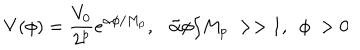
LaTeX: V ( \phi ) = { \frac { V _ { 0 } } { 2 ^ { p } } } e ^ { { \alpha } \phi / M _ { p } } , \tilde { \alpha } \phi / M _ { p } ~ > > 1 , ~ ~ \phi ~ > 0